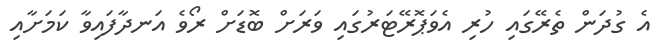
އެ ގުދަން ތެރޭގައި ހުރި އެވަޕޮރޭޓަރުގައި ވަރަށް ބޮޑަށް ރޯވެ އަނދާފައިވާ ކަމަށާއި